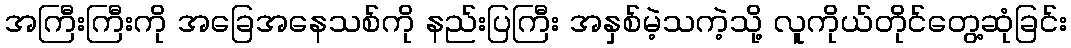
အကြီးကြီးကို အခြေအနေသစ်ကို နည်းပြကြီး အနှစ်မဲ့သကဲ့သို့ လူကိုယ်တိုင်တွေ့ဆုံခြင်း